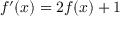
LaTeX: f ^ { \prime } ( x ) = 2 f ( x ) + 1